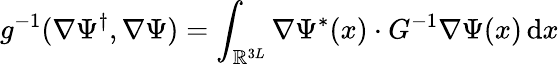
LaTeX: g^{-1}(\nabla\Psi^{\dagger},\nabla\Psi)=\int_{\mathbb{R}^{3L}}\nabla\Psi^{*}(x)\cdot G^{-1}\nabla\Psi(x)\, {\mathrm{d}}x